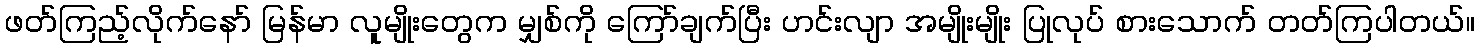
ဖတ်ကြည့်လိုက်နော် မြန်မာ လူမျိုးတွေက မျှစ်ကို ကြော်ချက်ပြီး ဟင်းလျာ အမျိုးမျိုး ပြုလုပ် စားသောက် တတ်ကြပါတယ်။